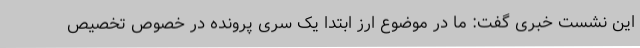
این نشست خبری گفت: ما در موضوع ارز ابتدا یک سری پرونده در خصوص تخصیص